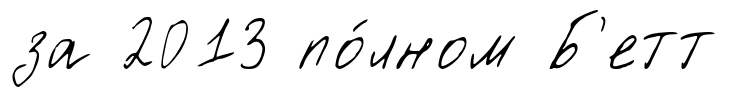
за 2013 по́лном Б'етт